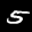
Label: 5